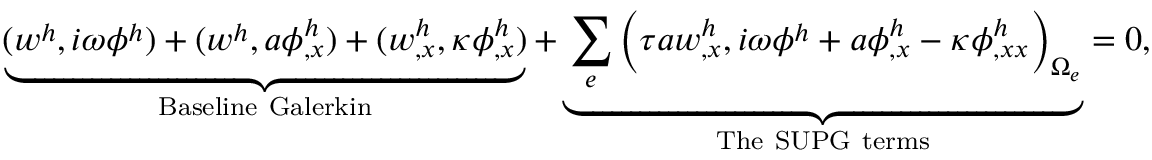
\underbrace { ( w ^ { h } , i \omega \phi ^ { h } ) + ( w ^ { h } , a \phi _ { , x } ^ { h } ) + ( w _ { , x } ^ { h } , \kappa \phi _ { , x } ^ { h } ) } _ { \mathrm { B a s e l i n e ~ G a l e r k i n } } + \underbrace { \sum _ { e } \Big ( \tau a w _ { , x } ^ { h } , i \omega \phi ^ { h } + a \phi _ { , x } ^ { h } - \kappa \phi _ { , x x } ^ { h } \Big ) _ { \Omega _ { e } } } _ { \mathrm { T h e ~ S U P G ~ t e r m s } } = 0 ,